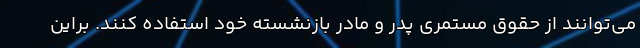
می‌توانند از حقوق مستمری پدر و مادر بازنشسته خود استفاده کنند. براین